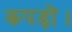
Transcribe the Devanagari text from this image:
कपड़ों।